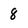
Character: 8